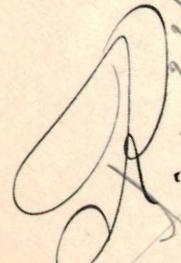
R.